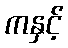
ကနှင့်